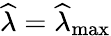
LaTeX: \widehat{\lambda}=\widehat{\lambda}_{\mathrm{max}}